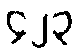
၄၂၃